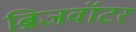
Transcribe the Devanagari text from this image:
ब्रिजवॉटर